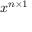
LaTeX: x ^ { n \times 1 }